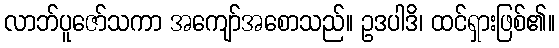
လာဘ်ပူဇော်သကာ အကျော်အစောသည်။ ဥဒပါဒိ၊ ထင်ရှားဖြစ်၏။